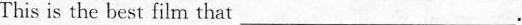
This is the best film that\underline。